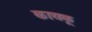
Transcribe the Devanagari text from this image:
कायकू